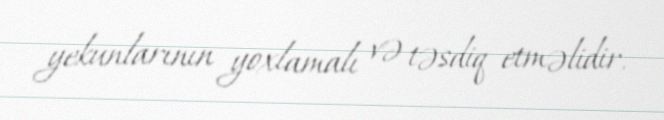
yekunlarının yoxlamalı və təsdiq etməlidir.